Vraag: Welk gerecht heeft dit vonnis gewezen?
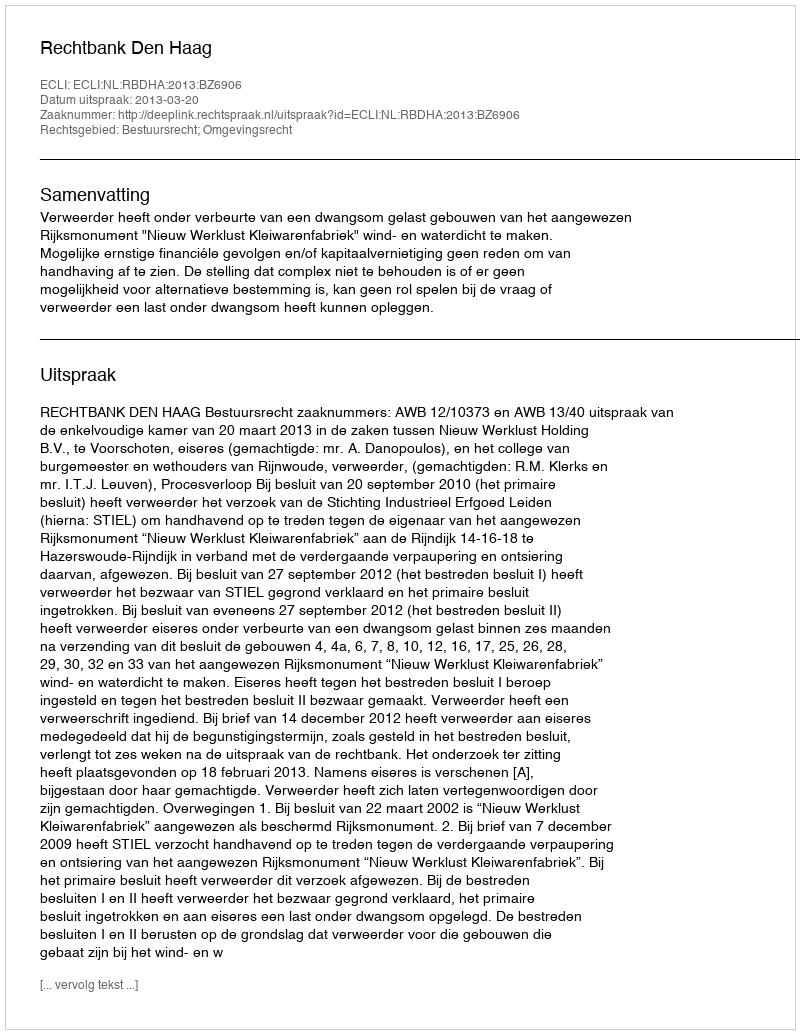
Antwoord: Rechtbank Den Haag